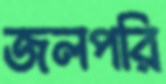
জলপরি